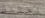
احتفظ